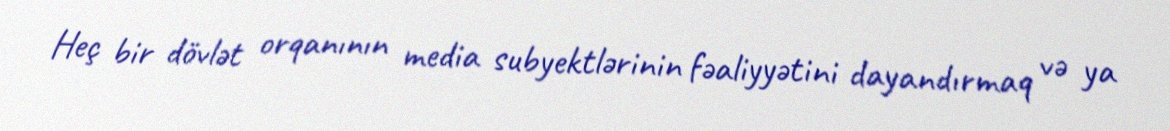
Heç bir dövlət orqanının media subyektlərinin fəaliyyətini dayandırmaq və ya